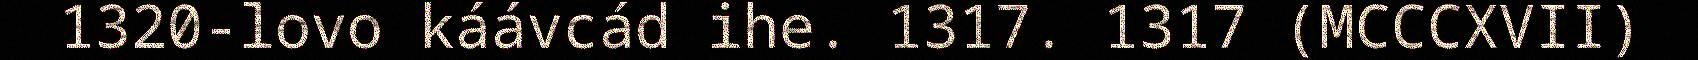
1320-lovo káávcád ihe. 1317. 1317 (MCCCXVII)